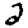
Digit: 2